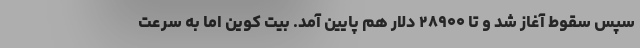
سپس سقوط آغاز شد و تا ۲۸۹۰۰ دلار هم پایین آمد. بیت کوین اما به سرعت